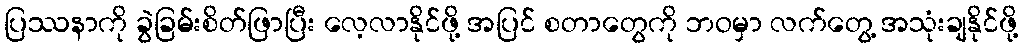
ပြဿနာကို ခွဲခြမ်းစိတ်ဖြာပြီး လေ့လာနိုင်ဖို့ အပြင် စတာတွေကို ဘဝမှာ လက်တွေ့ အသုံးချနိုင်ဖို့